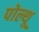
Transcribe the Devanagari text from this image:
पोल्थू